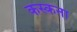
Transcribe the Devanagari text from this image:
कस्कना